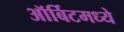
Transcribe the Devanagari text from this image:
ऑर्बिटमध्ये